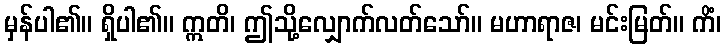
မှန်ပါ၏။ ရှိပါ၏။ ဣတိ၊ ဤသို့လျှောက်လတ်သော်။ မဟာရာဇ၊ မင်းမြတ်။ ကိံ၊